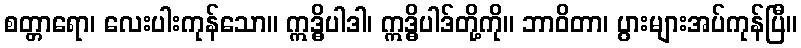
စတ္တာရော၊ လေးပါးကုန်သော။ ဣဒ္ဓိပါဒါ၊ ဣဒ္ဓိပါဒ်တို့ကို။ ဘာဝိတာ၊ ပွားများအပ်ကုန်ပြီ။